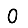
Digit: 0